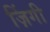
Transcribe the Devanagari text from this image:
ज़िंगी